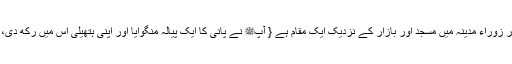
1529: سیدنا انس بن مالکؓ سے روایت ہے کہ نبیﷺ اور آپﷺ کے اصحاب (مقامِ) زوراء میں تھے }اور زوراء مدینہ میں مسجد اور بازار کے نزدیک ایک مقام ہے { آپﷺ نے پانی کا ایک پیالہ منگوایا اور اپنی ہتھیلی اس میں رکھ دی، تو آپﷺ کی انگلیوں کے درمیان سے پانی پھوٹنے لگا اور تمام اصحاب رضی اللہ عنہم نے وضو کر لیا۔